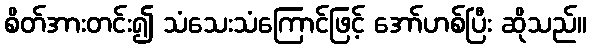
စိတ်အားတင်း၍ သံသေးသံကြောင်ဖြင့် အော်ဟစ်ပြီး ဆိုသည်။